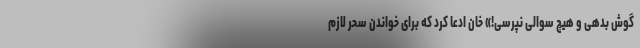
گوش بدهی و هیچ سوالی نپرسی!» خان ادعا کرد که برای خواندن سحر لازم